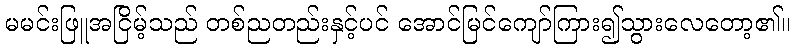
မမင်းဖြူအငြိမ့်သည် တစ်ညတည်းနှင့်ပင် အောင်မြင်ကျော်ကြား၍သွားလေတော့၏။